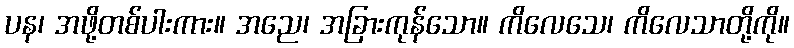
ပန၊ အဖို့တစ်ပါးကား။ အညေ၊ အခြားကုန်သော။ ကိလေသေ၊ ကိလေသာတို့ကို။